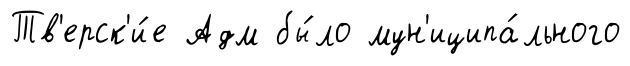
Тв'ерск'и́е Адм бы́ло мун'иципа́льного